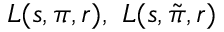
L ( s , \pi , r ) , \ L ( s , { \tilde { \pi } } , r )